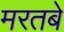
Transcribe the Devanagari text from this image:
मरतबे